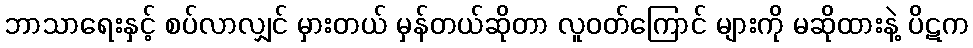
ဘာသာရေးနှင့် စပ်လာလျှင် မှားတယ် မှန်တယ်ဆိုတာ လူဝတ်ကြောင် များကို မဆိုထားနဲ့ ပိဋက